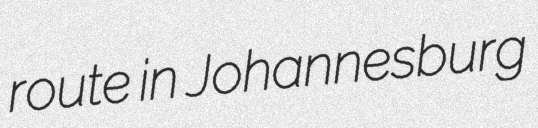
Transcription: route in Johannesburg